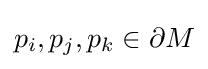
p_{i},p_{j},p_{k}\in \partial M